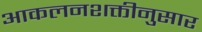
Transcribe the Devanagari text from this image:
आकलनशक्तीनुसार